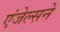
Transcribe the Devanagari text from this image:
एंजेल्सने